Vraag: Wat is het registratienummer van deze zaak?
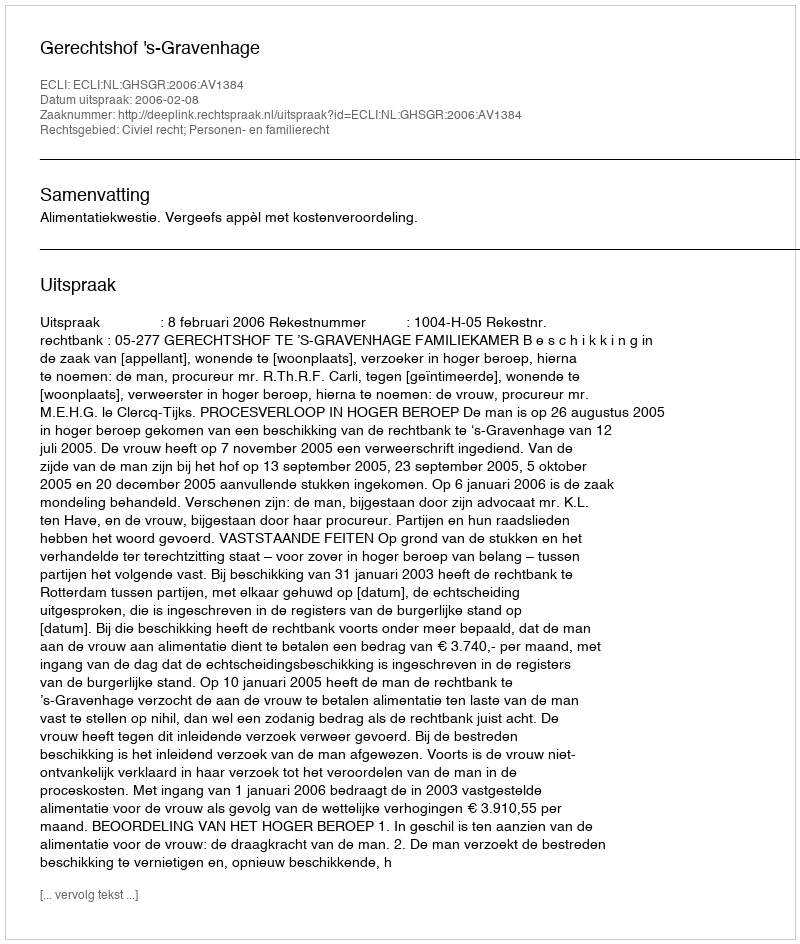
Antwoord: http://deeplink.rechtspraak.nl/uitspraak?id=ECLI:NL:GHSGR:2006:AV1384